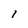
Character: l